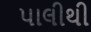
પાલીથી